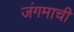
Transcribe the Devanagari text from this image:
जंगमाची